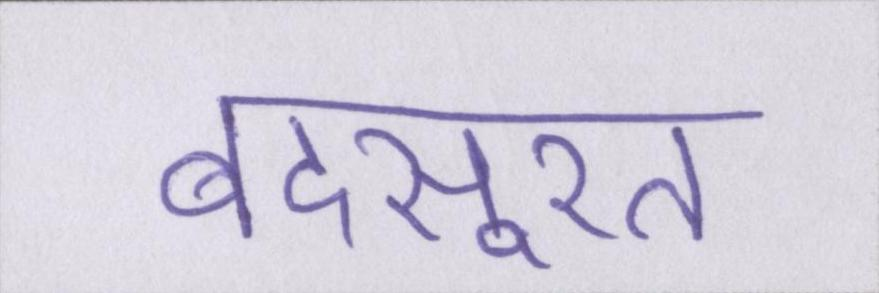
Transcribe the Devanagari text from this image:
बदसूरत